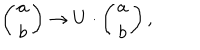
LaTeX: \left( \begin{array} { c } { { { a } } } \\ { { { b } } } \\ \end{array} \right) \to U \cdot \left( \begin{array} { c } { { a } } \\ { { b } } \\ \end{array} \right) ,